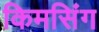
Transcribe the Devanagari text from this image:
किमसिंग